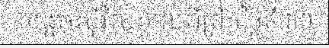
សង្គមស៊ីវិលកាលពីព្រឹកថ្ងៃទី៣០